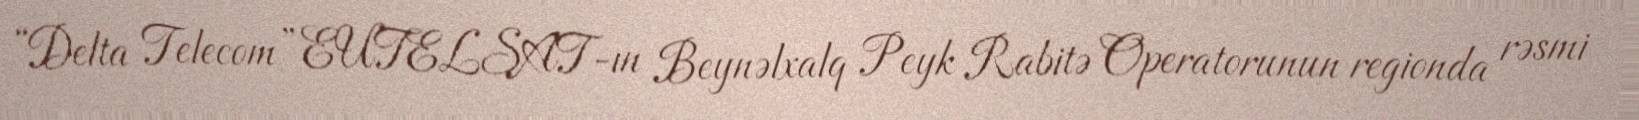
“Delta Telecom” EUTELSAT-ın Beynəlxalq Peyk Rabitə Operatorunun regionda rəsmi